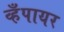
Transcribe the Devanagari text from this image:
व्हँपायर